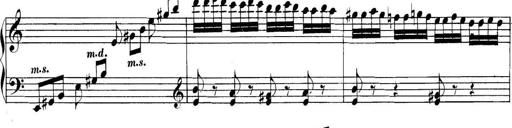
Title: Collected Piano Sonatas
Composer: Muzio Clementi